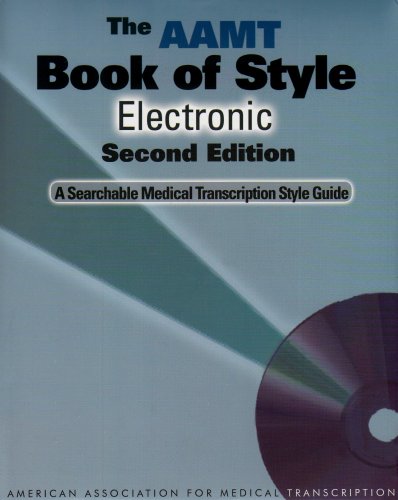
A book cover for The AAMT Book of Style Electronic: A Searchable Medical Transcription Style Guide (2nd Edition); American Association for Medical Transcription (AAMT); Medical Books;